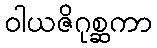
ဝါယဇိဂုစ္ဆကာ